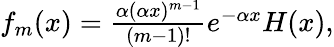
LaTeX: \begin{array}{r}{f_{m}(x)=\frac{\alpha(\alpha x)^{m-1}}{(m-1)!}e^{-\alpha x}H(x),}\end{array}